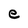
Character: e